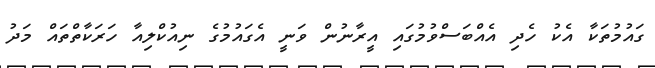
ގައުމުތަކާ އެކު ހެދި އެއްބަސްވުމުގައި އީރާނުން ވަނީ އެގައުމުގެ ނިއުކްލިއާ ހަރަކާތްތައް މަދު